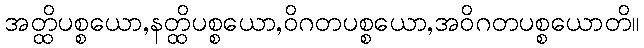
အတ္ထိပစ္စယော,နတ္ထိပစ္စယော,ဝိဂတပစ္စယော,အဝိဂတပစ္စယောတိ။